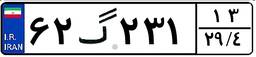
۶۲گ۲۳۱۱۳